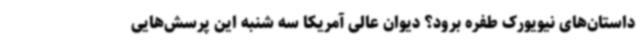
داستان‌های نیویورک طفره برود؟ دیوان عالی آمریکا سه شنبه این پرسش‌هایی